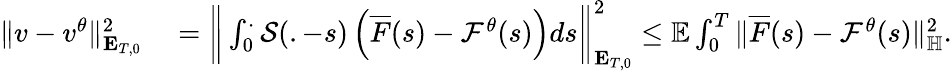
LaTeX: \begin{array}{rl}{\Vert v-v^{\theta}\Vert_{\mathbf{E}_{T,0}}^{2}}&{{}=\bigg\Vert\int_{0}^{.}\mathcal{S}(.-s)\left(\overline{{F}}(s)-\mathcal{F}^{\theta}(s)\right)ds\bigg\Vert_{\mathbf{E}_{T,0}}^{2}\leq\mathbb{E}\int_{0}^{T}\Vert\overline{{F}}(s)-\mathcal{F}^{\theta}(s)\Vert_{\mathbb{H}}^{2}.}\end{array}